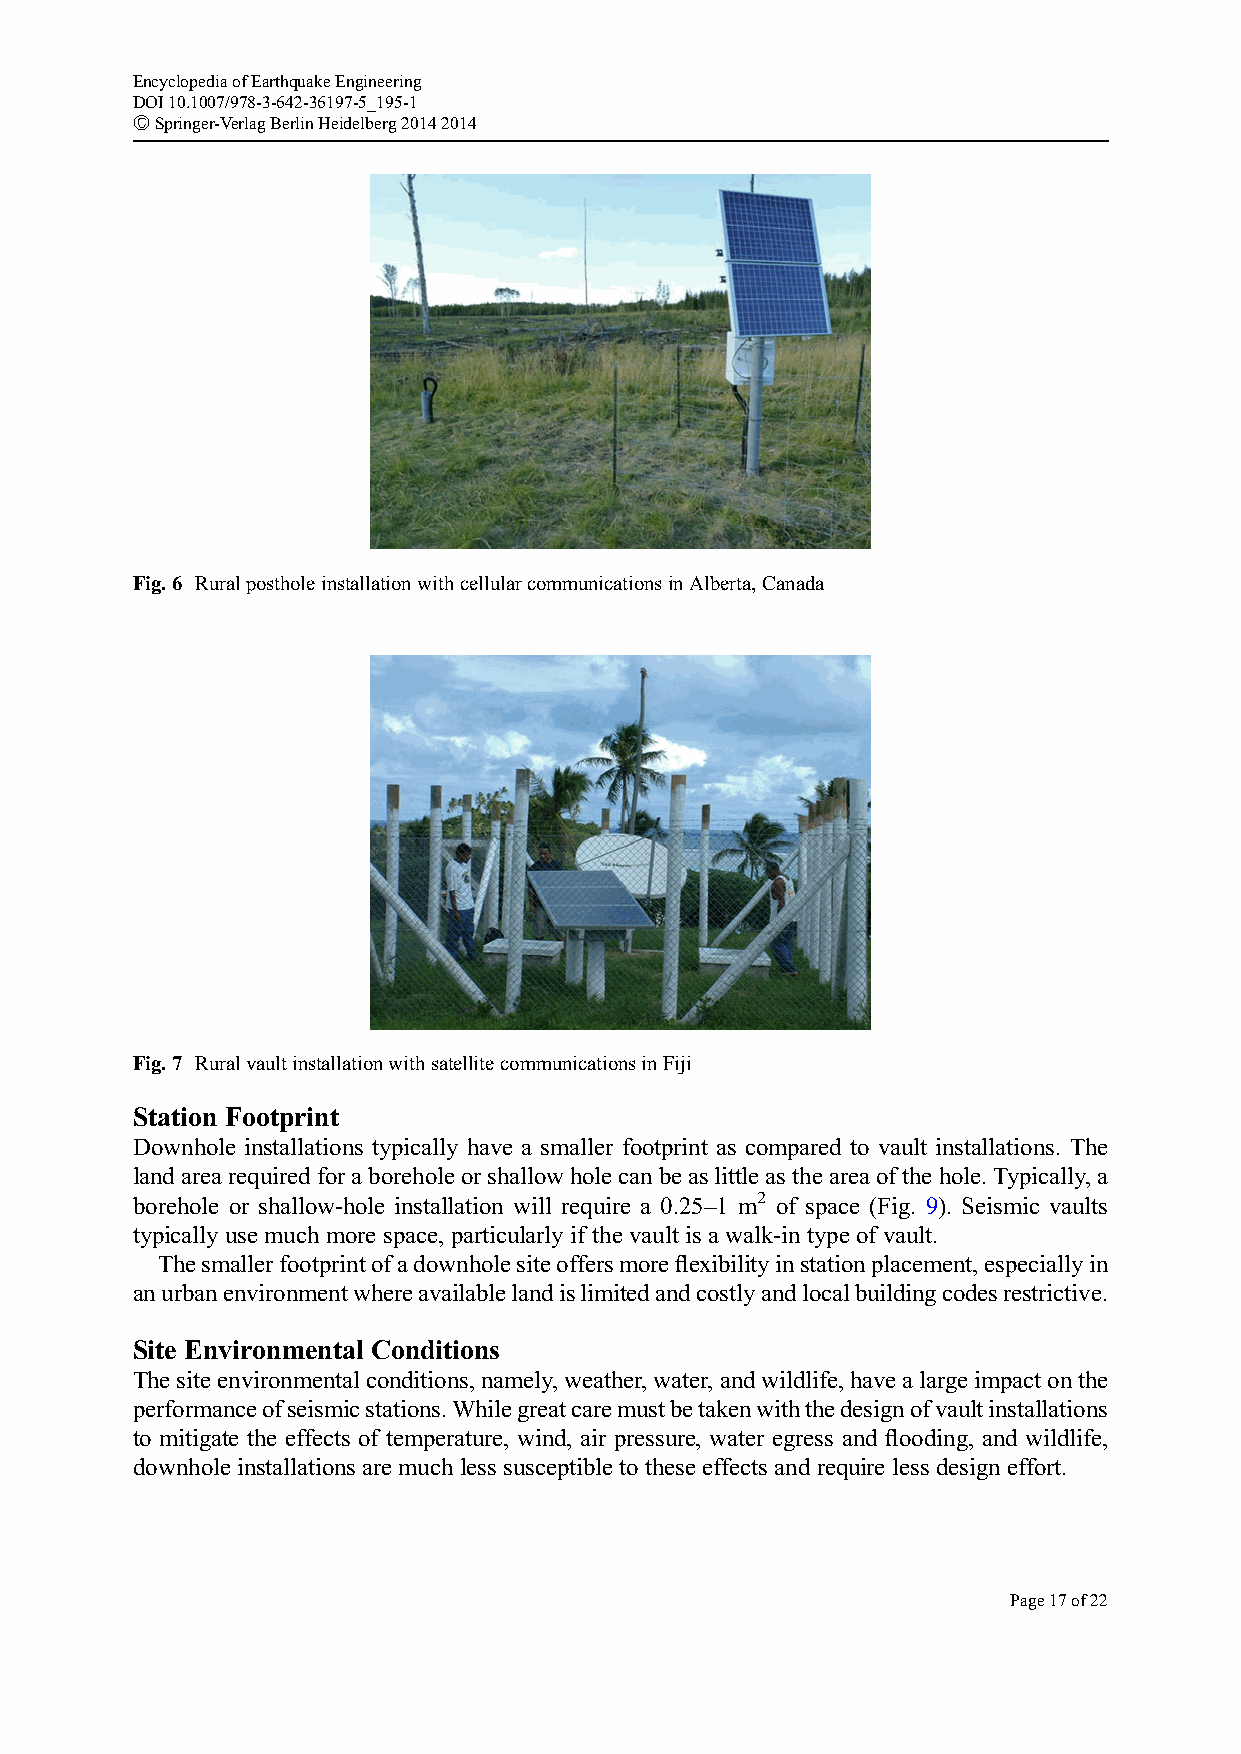
EncyclopediaofEarthquakeEngineering
 DOI10.1007/978-3-642-36197-5_195-1
 #Springer-VerlagBerlinHeidelberg20142014
 Fig.6 RuralpostholeinstallationwithcellularcommunicationsinAlberta,Canada
 Fig.7 RuralvaultinstallationwithsatellitecommunicationsinFiji
 Station Footprint
 Downhole installations typically have a smaller footprint as compared to vault installations. The
 landarearequiredforaboreholeorshallowholecanbeaslittleastheareaofthehole.Typically,a
 borehole or shallow-hole installation will require a 0.25–1 m2 of space (Fig. 9). Seismic vaults
 typically use much more space, particularly if the vault is a walk-in type of vault.
 Thesmallerfootprintofadownholesiteoffersmoreflexibilityinstationplacement,especiallyin
 anurbanenvironmentwhereavailablelandislimitedandcostlyandlocalbuildingcodesrestrictive.
 Site Environmental Conditions
 Thesiteenvironmentalconditions,namely,weather,water,andwildlife,havealargeimpactonthe
 performanceofseismicstations.Whilegreatcaremustbetakenwiththedesignofvaultinstallations
 to mitigate the effects of temperature, wind, air pressure, water egress and flooding, and wildlife,
 downhole installations are much less susceptible to these effects and require less design effort.
 Page17of22